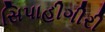
સિપાહીગીરી